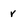
Character: r